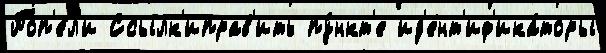
Поп'е́л'и Ссылк'иправ'ить пу́нкт'е ид'ент'иф'ика́торы